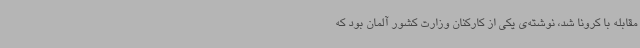
مقابله با کرونا شد، نوشته‌ی یکی از کارکنان وزارت کشور آلمان بود که